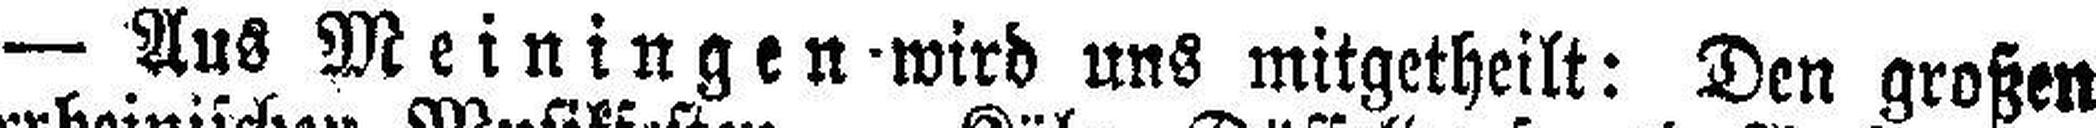
— Aus Meiningen wird uns mitgetheilt: Den großen